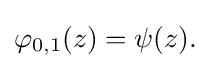
\displaystyle {\varphi _{0,1}(z)=\psi (z).}